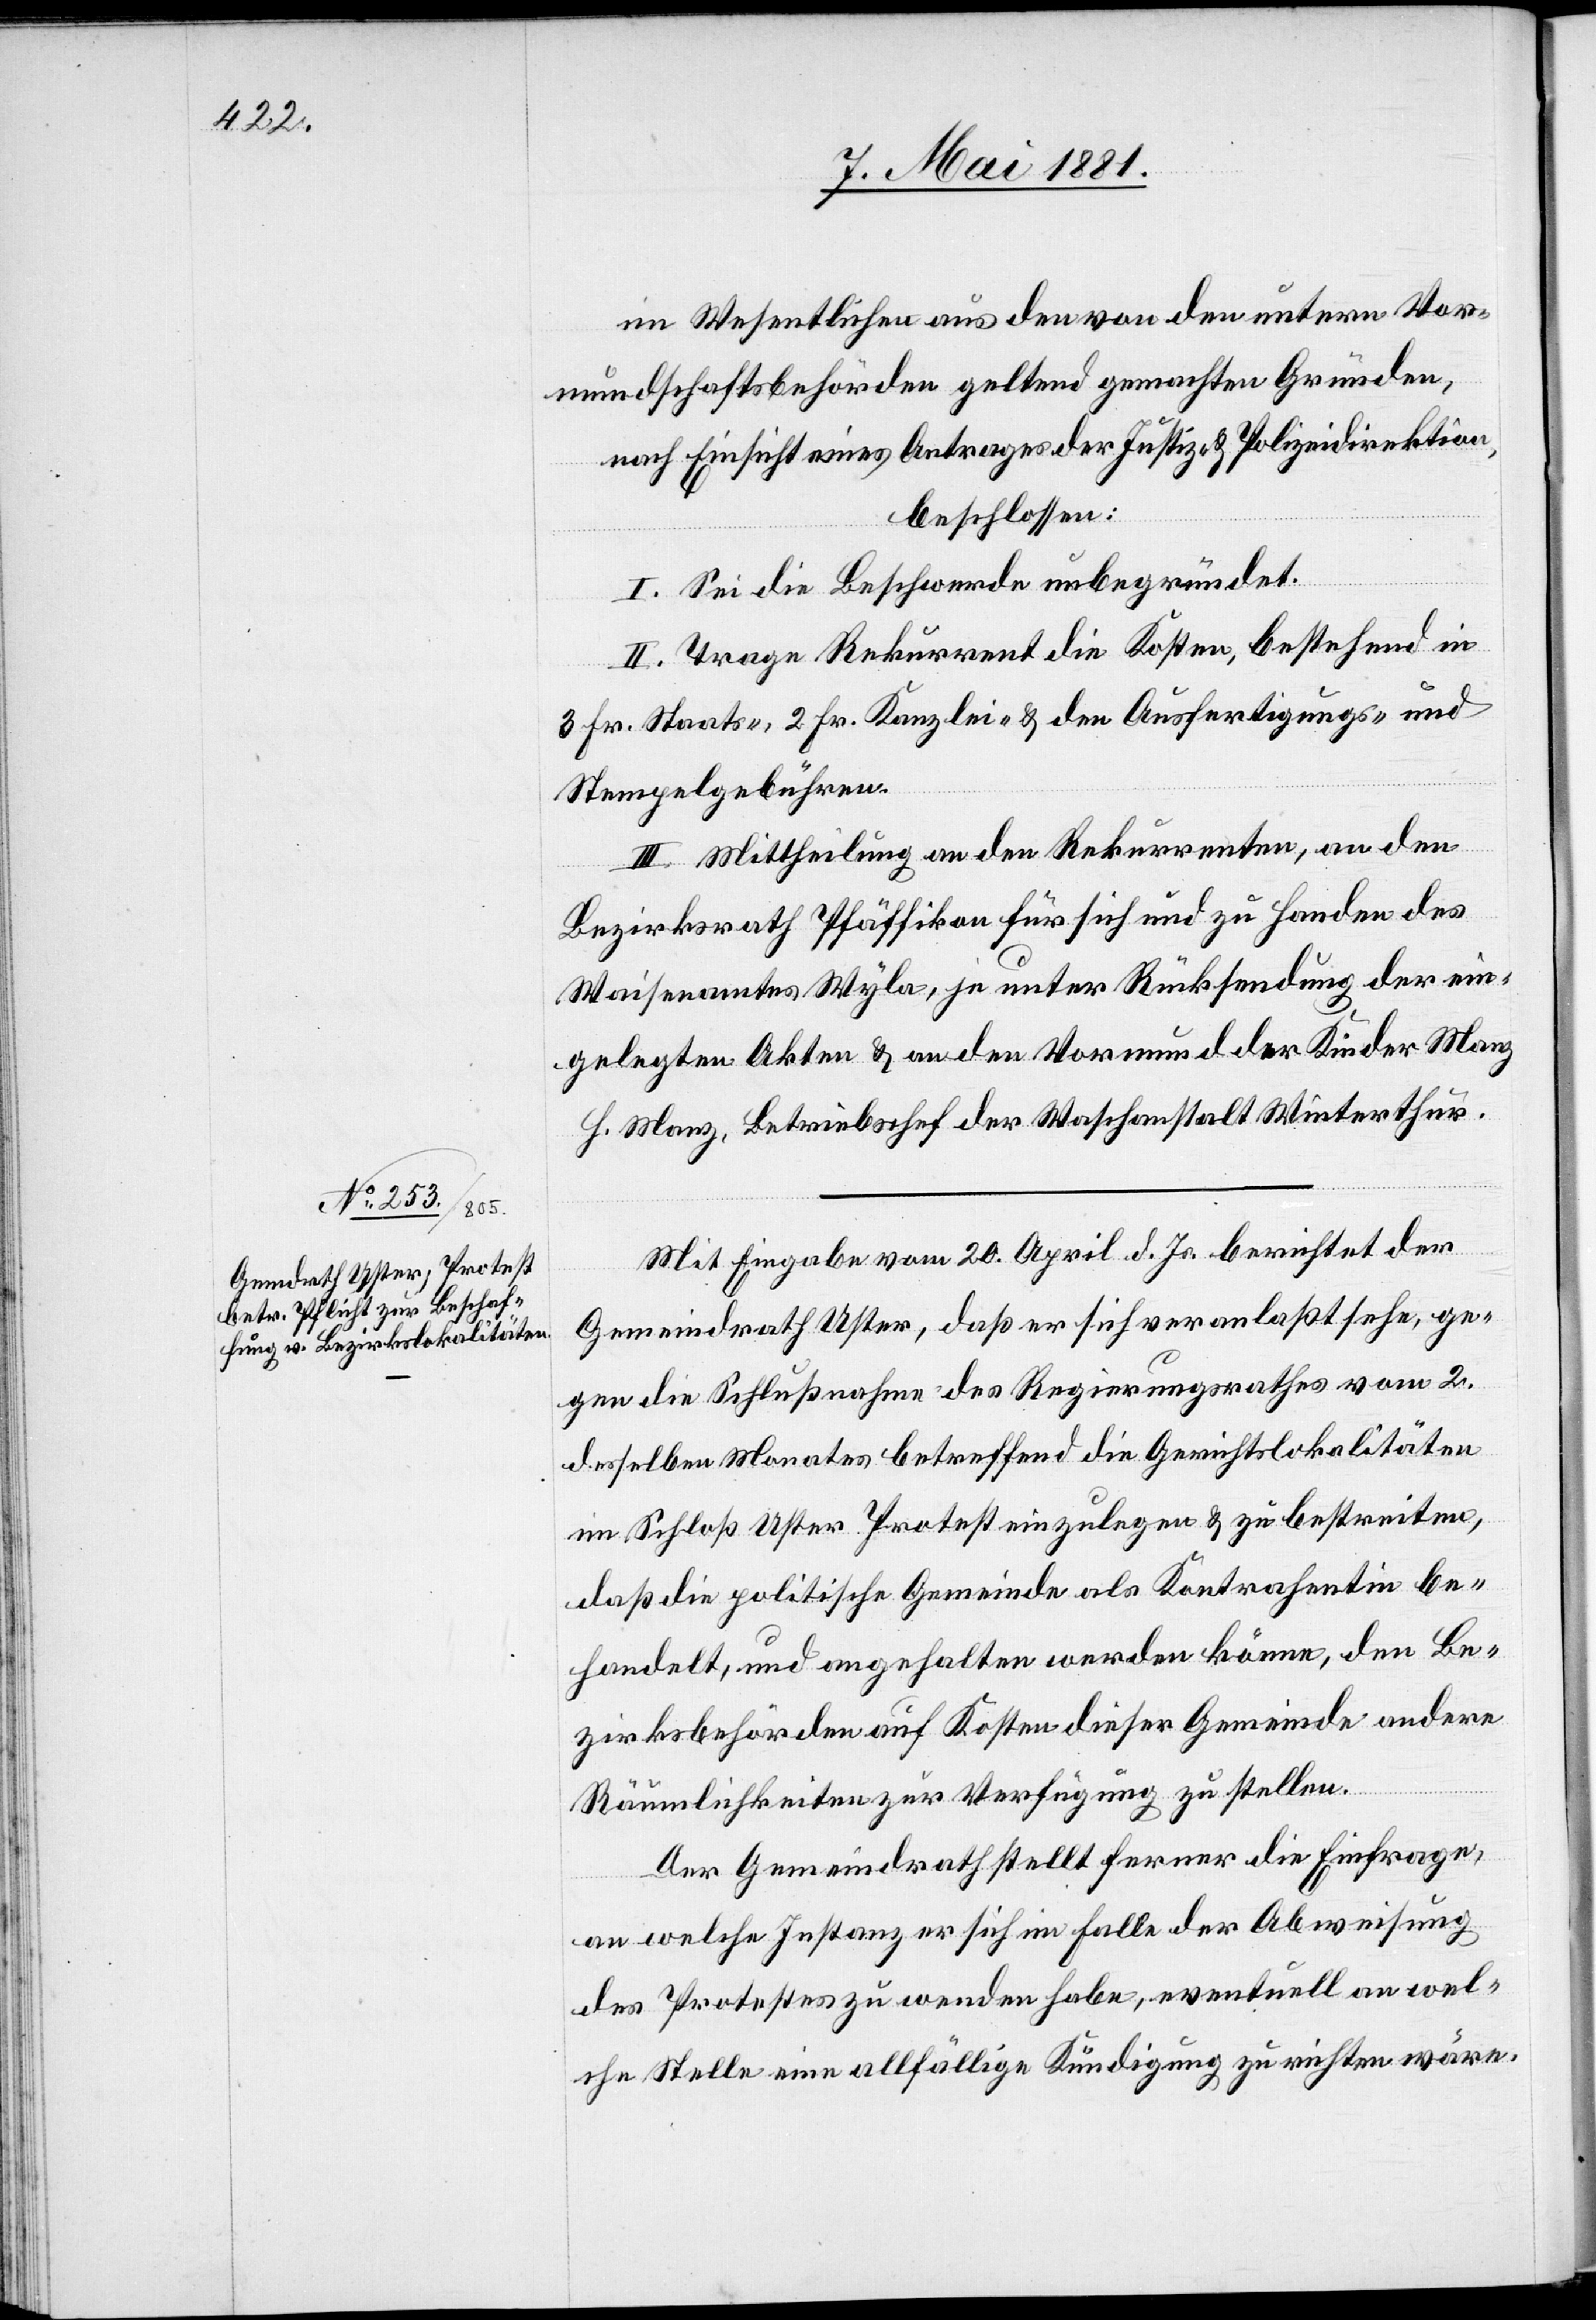
im Wesentlichen aus den von den untern Vor¬
mundschaftsbehörden geltend gemachten Gründen,
nach Einsicht eines Antrages der Justiz- & Polizeidirektion,
beschlossen:
I. Sei die Beschwerde unbegründet.
II. Trage Rekurrent die Kosten, bestehend in
3 Fr. Staats-, 2. Fr. Kanzlei- & den Ausfertigungs- &
Stempelgebühren.
III. Mittheilung an den Rekurrenten, an den
Bezirksrath Pfäffikon für sich und zu Handen des
Waisenamtes Wyla, je unter Rücksendung der ein¬
gelegten Akten & an den Vormund der Kinder Manz
H. Manz, Betriebschef der Waschanstalt Winterthur.
Mit Eingabe vom 20. April d. Js. berichtet der
Gemeindrath Uster, daß er sich veranlaßt sehe, ge¬
gen die Schlußnahme des Regierungsrathes vom 2.
desselben Monates betreffend die Gerichtslokalitäten
im Schloß Uster Protest einzulegen & zu bestreiten,
daß die politische Gemeinde als Kontrahentin be¬
handelt, und angehalten werden könne, den Be¬
zirksbehörden auf Kosten dieser Gemeinde andern
Räumlichkeiten zur Verfügung zu stellen.
Der Gemeindrath stellt ferner die Einfrage,
an welche Instanz er sich im Falle der Abweisung
des Protestes zu wenden habe, eventuelle an wel¬
che Stelle eine allfällige Kündigung zu richten wäre.